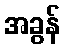
အခွန်